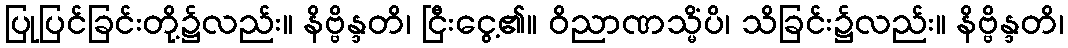
ပြုပြင်ခြင်းတို့၌လည်း။ နိဗ္ဗိန္ဒတိ၊ ငြီးငွေ့၏။ ဝိညာဏသ္မိံပိ၊ သိခြင်း၌လည်း။ နိဗ္ဗိန္ဒတိ၊